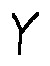
Y